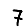
Digit: 7